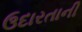
ઉદારતાની